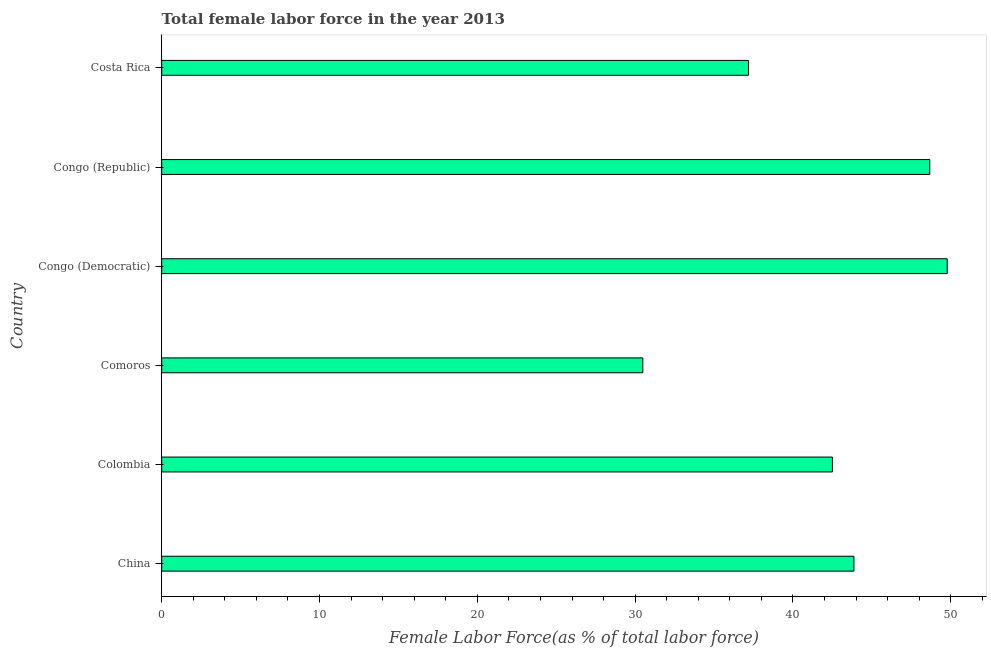
| Country | Female Labor force |
 | --- | --- |
 | China | 43.9 |
 | Colombia | 42.5 |
 | Comoros | 30.5 |
 | Congo (Democratic) | 49.8 |
 | Congo (Republic) | 48.7 |
 | Costa Rica | 37.2 |